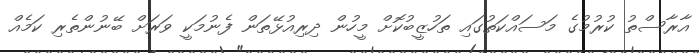
އާރާސްތު ކުރުމުގެ މަސައްކަތުގައި ތަހުޒީބުކޮށް މީހުން ދިރިއުޅޭތަން ފެނުމަކީ ވަރަށް ބޭނުންތެރި ކަމެއް